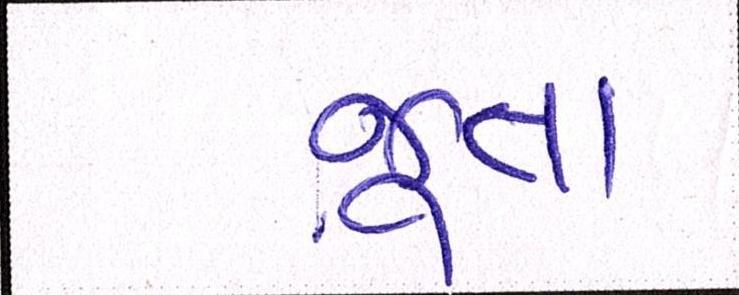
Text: જૂતા